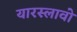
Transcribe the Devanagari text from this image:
यारस्लावो